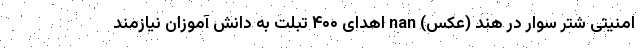
امنیتی شتر سوار در هند (عکس) nan اهدای ۴۰۰ تبلت به دانش آموزان نیازمند